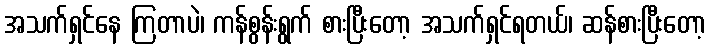
အသက်ရှင်နေ ကြတာပဲ၊ ကန်စွန်းရွက် စားပြီးတော့ အသက်ရှင်ရတယ်၊ ဆန်စားပြီးတော့